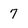
Character: 7